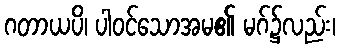
ဂတာယပိ၊ ပါဝင်သောအမ၏ မဂ်၌လည်း၊